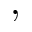
,